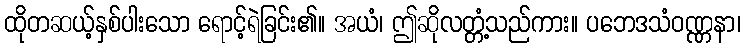
ထိုတဆယ့်နှစ်ပါးသော ရောင့်ရဲခြင်း၏။ အယံ၊ ဤဆိုလတ္တံ့သည်ကား။ ပဘေဒသံဝဏ္ဏနာ၊